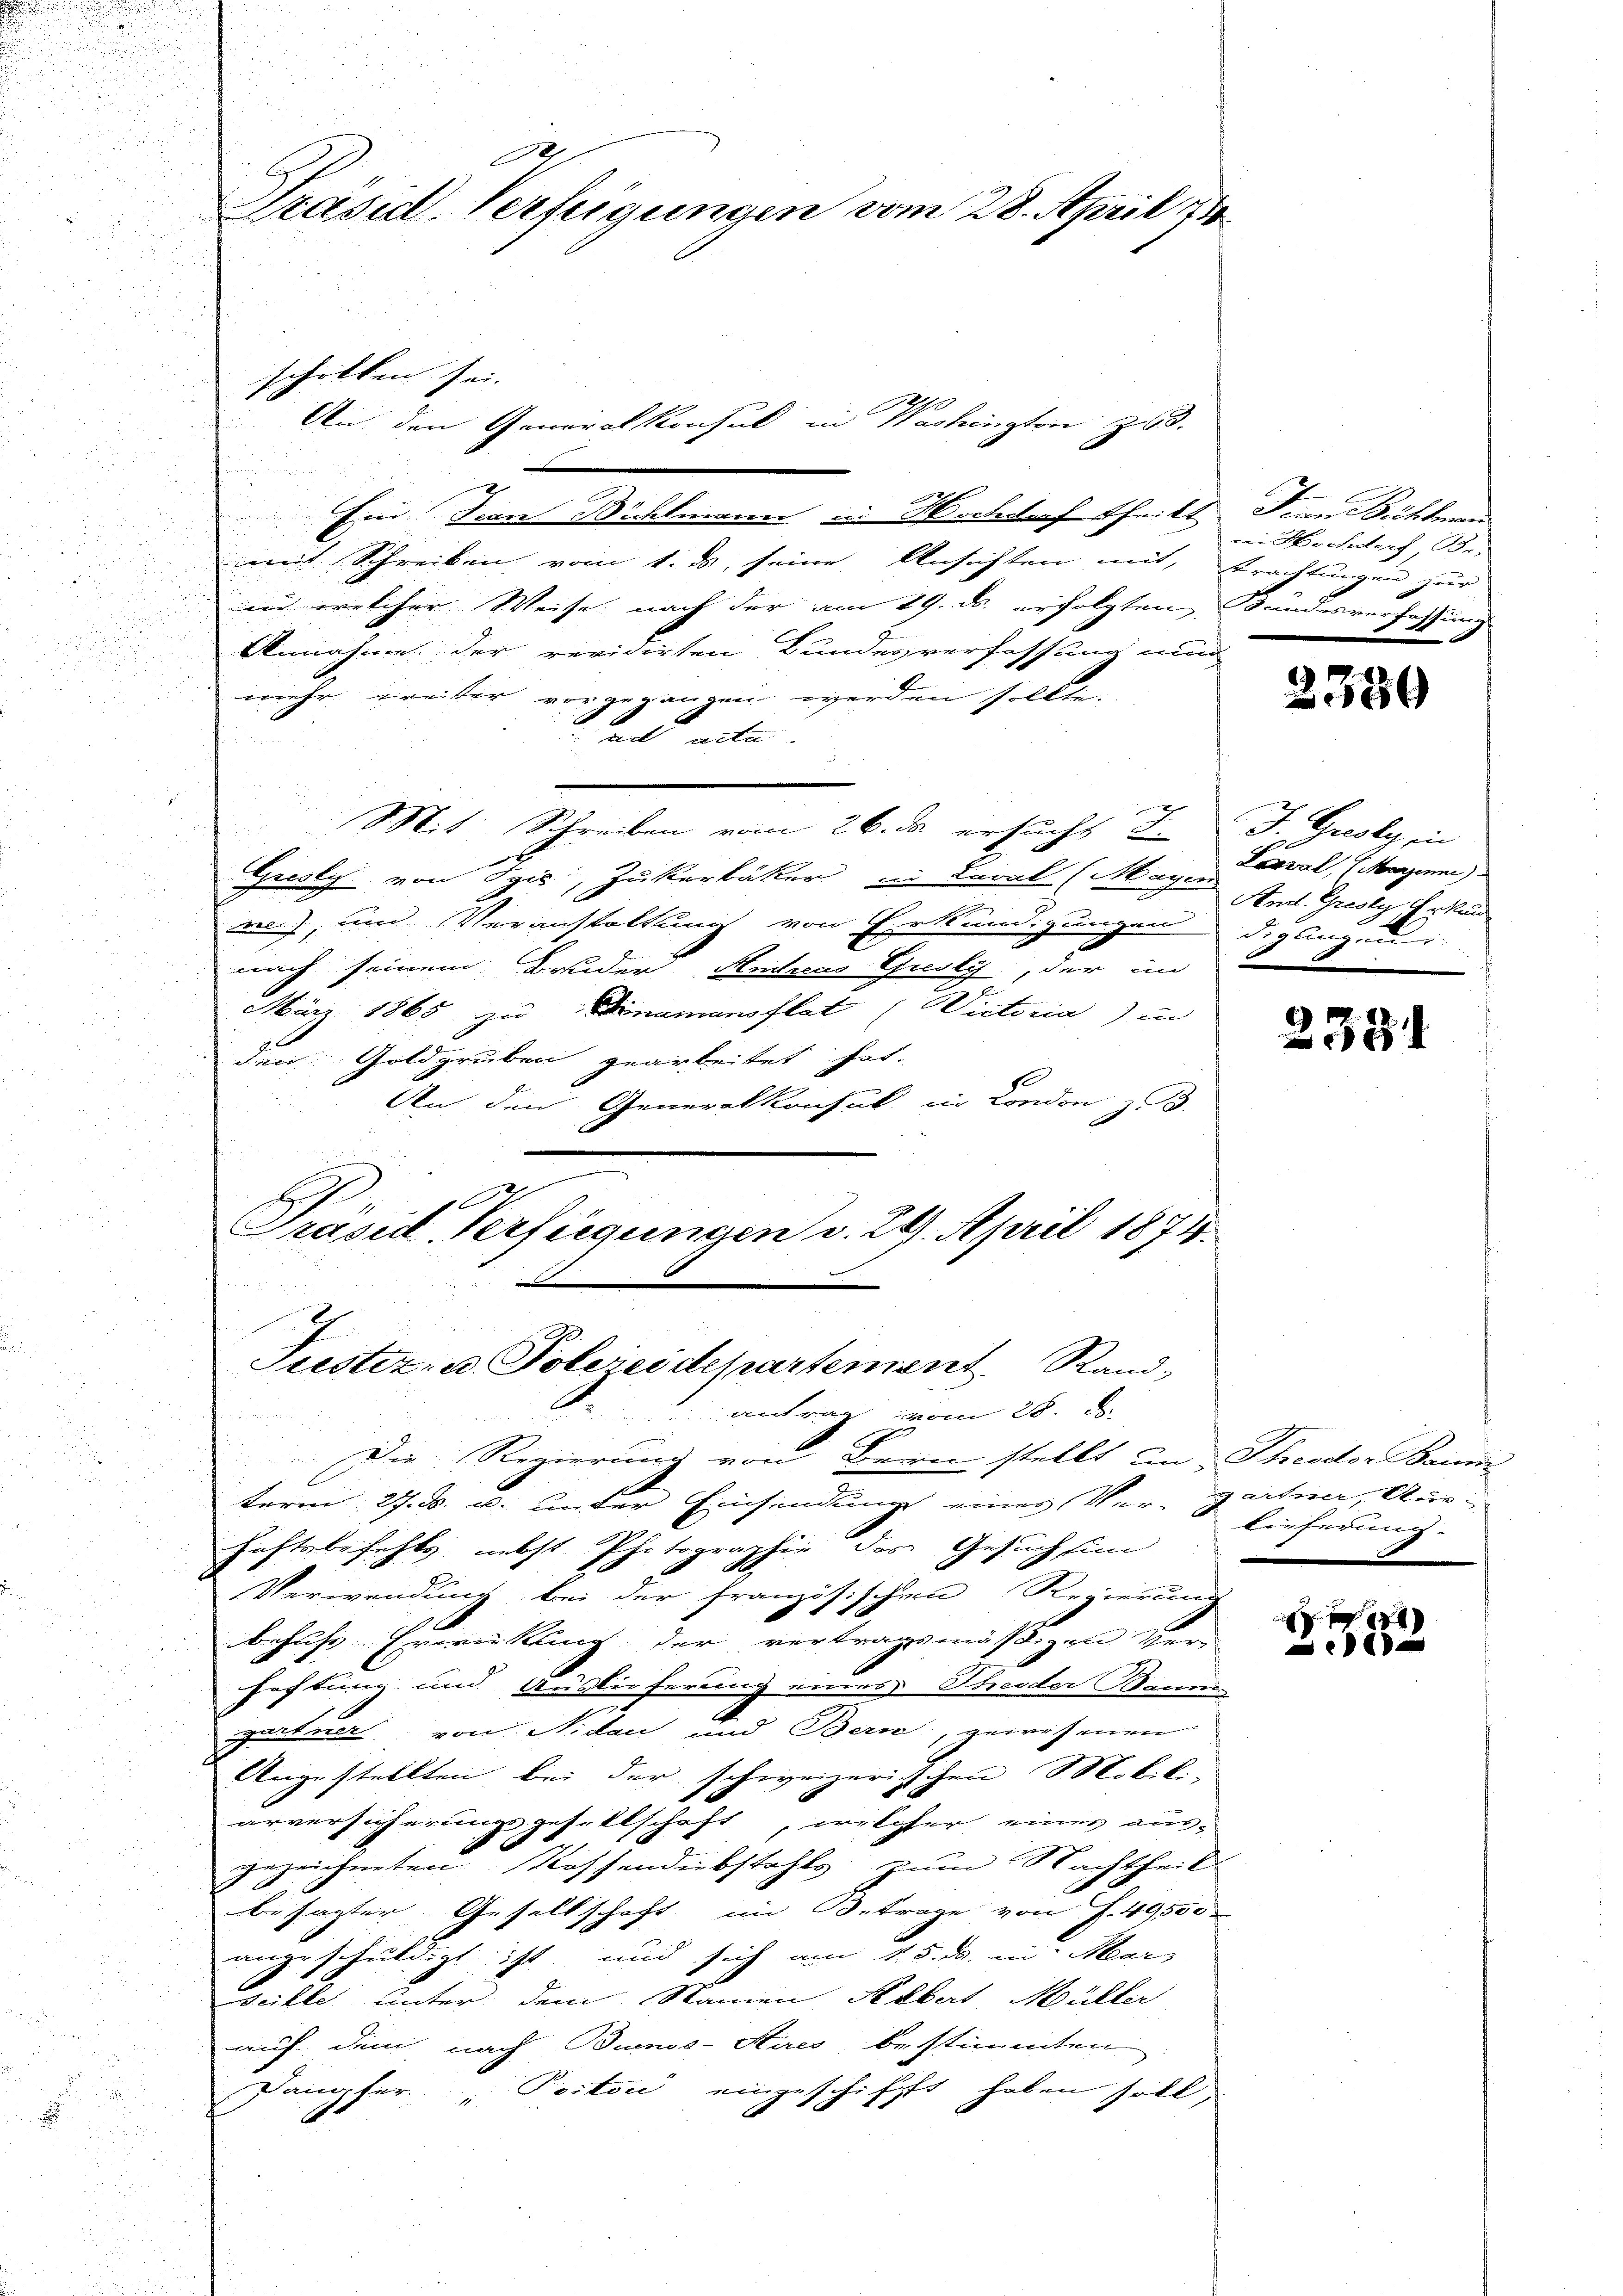
Ein Jean Richtmann in Hochdorf theilt
mit Schreiben vom 1. ds. seine Ansichten mit, Erachtungen für
in welcher Weise nach der am 29. ds. erfolgten Bundesverfassung
Annahme der revidirten Bundesverfassung und
mehr weiter vorgegangen werden soll
aad acte
Mit Schreiben vom 26. ds ersucht d
Gresly von Tris, Zukerbäcker in Caval (Mageval, Marinne
m.), und Veranstaltung von Erkundigungen digungen
nach seinem Bruder Andaus Gusky, der im

März 1865 zu Dinamensflat (Wictoria) in
den Goldgruben gearbeitet hat.
An den Generalkonsul in Condon z. B.
.
Präsid. Verfügungen v. 249. April 1874.
Trestiz- u. Polereidepartement Rand-
antrag vom 28. d.
Die Regierung von Bern stellt in Theodor Baum
term 27. B. u. unter Einsendung einer Ver-
haftsbefehls, nebst Photographie des Gesuch find
Verwendung bei der französischen Regierung
1
behufs Erwirkung der vertragsmäßigen Ver-
Festung und Auslieferung eines Theder Banne
gartner von Nidau und Bern gewesenen
Angestellten bei der schweizerischen Mobil-
arversicherungsgesellschaft, welcher eines aus-
s
gezeichneten Rossendiebstahls zum Nachtheil
.
besagter Gesellschaft im Betrage von f. 49,500
angeschuldigt ist, und sich am 15. ds. in. Mar
Weille unter dem Namen Rabat Müller
auf dem nach Buenos-Aires bestimmten

Dangfer Portoić eingeschiffft haben soll,
.
.
u
n

u
u

e
Präsid. Verfügungen vom 28. April 1780

scholten sei.
n

An den Generalkonsul in Washington zu.

Jern Bühlman
rei Kronlach, Be-
e

2380

J. Gresly, in
And. Gresly Erkund

2334

gartner, Art:
lieferung. |
2

e